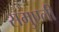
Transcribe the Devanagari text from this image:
समुएली